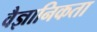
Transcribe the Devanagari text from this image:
वैज्ञानिकता